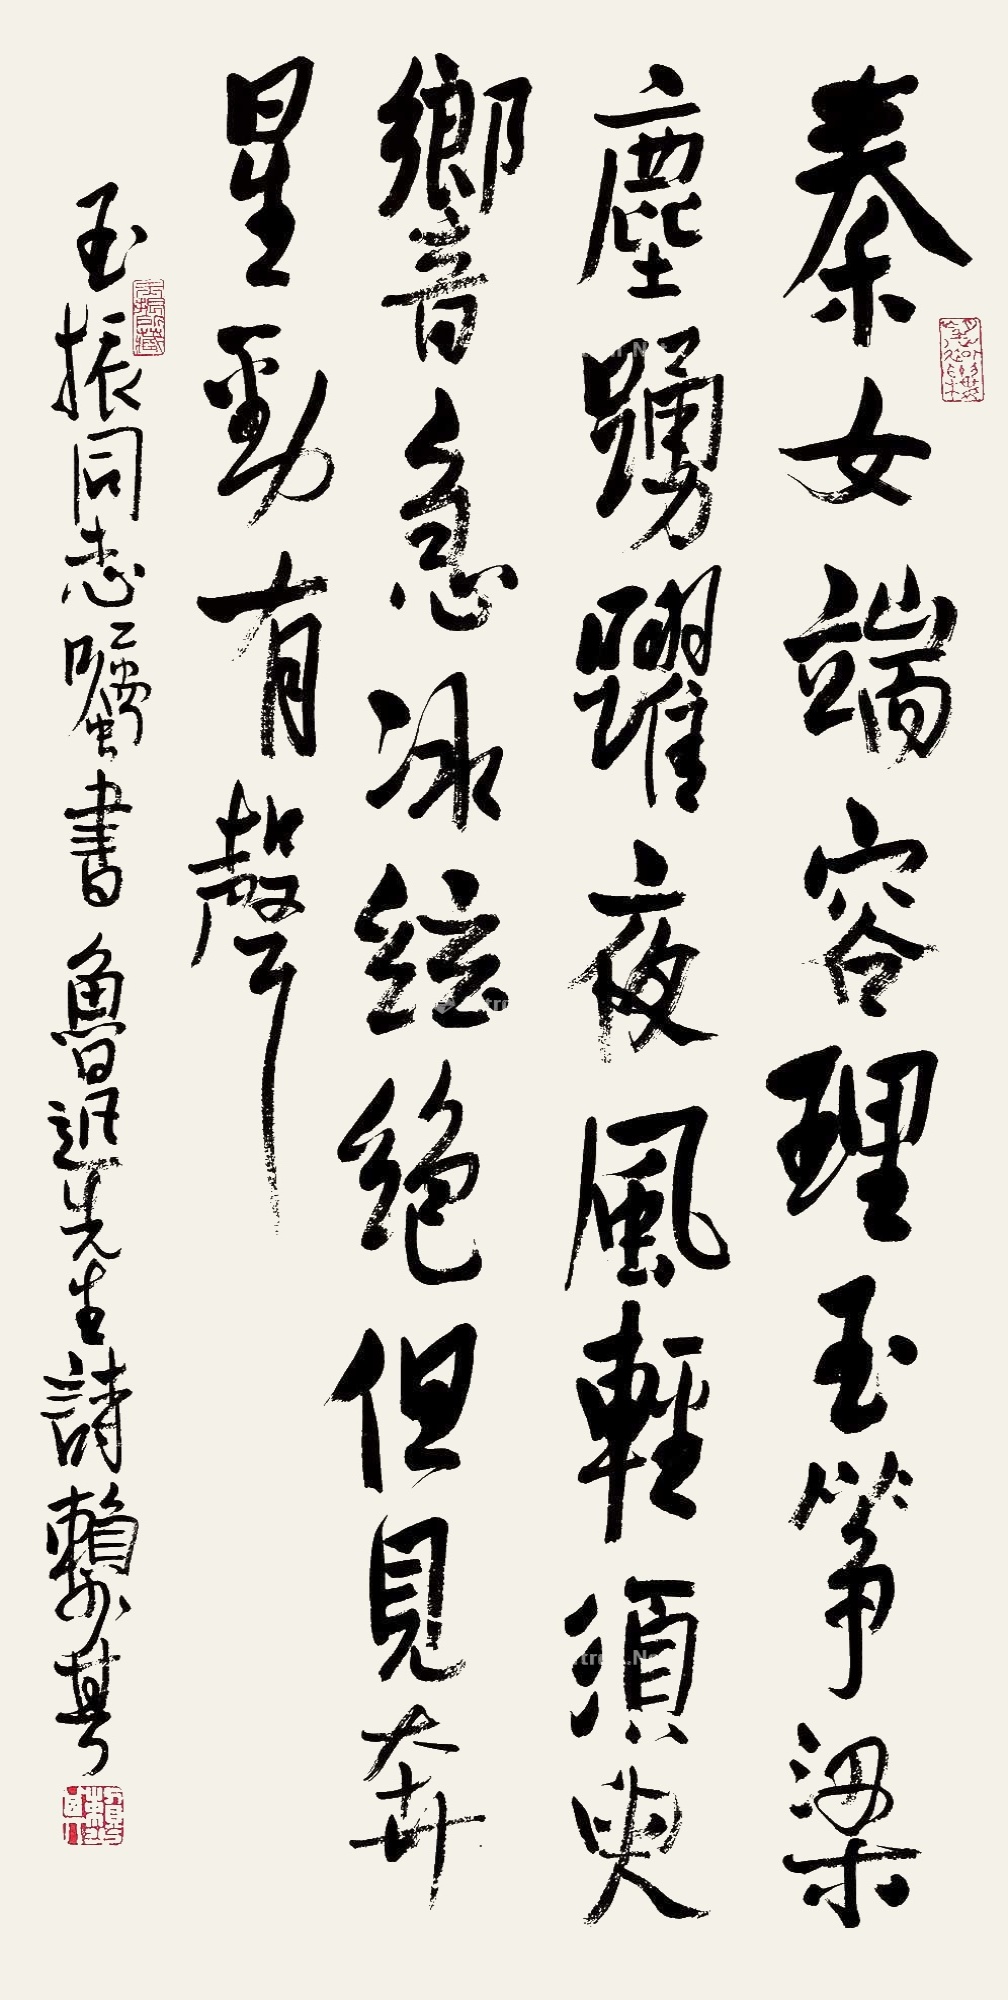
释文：秦女端容理玉筝，梁尘踊跃夜风轻。须臾响急冰弦绝，但见奔星劲有声。玉振同志嘱书，鲁迅先生诗，赖少其。